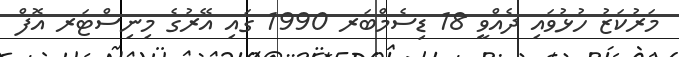
މަރުކަޒު ހުޅުވައި ދެއްވީ 18 ޑިސެމްބަރ 1990 ގައި އޭރުގެ މިނިސްޓަރ އޮފް